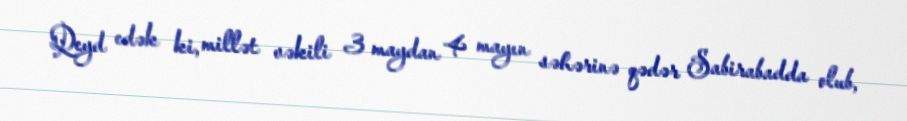
Qeyd edək ki, millət vəkili 3 maydan 4 mayın səhərinə qədər Sabirabadda olub,